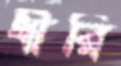
ধীরি